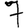
Digit: 7